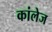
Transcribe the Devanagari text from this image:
कांलेज